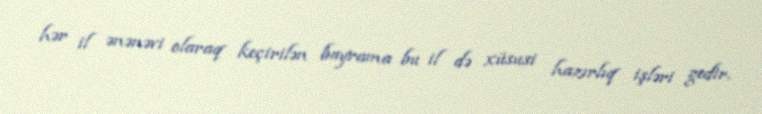
hər il ənənəvi olaraq keçirilən bayrama bu il də xüsusi hazırlıq işləri gedir.